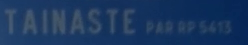
TAINASTE PAR RP 541